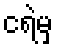
ငရဲမှ